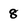
Character: 8